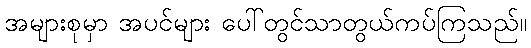
အများစုမှာ အပင်များ ပေါ်တွင်သာတွယ်ကပ်ကြသည်။